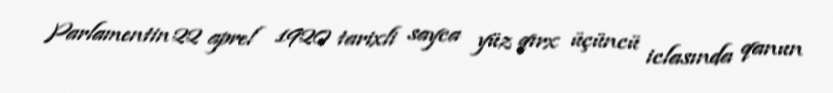
Parlamentin 22 aprel 1920 tarixli sayca yüz qırx üçüncü iclasında qanun